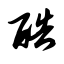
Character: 酷